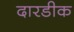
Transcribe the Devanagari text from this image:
दारडीक